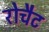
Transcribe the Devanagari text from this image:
रोचैट